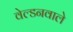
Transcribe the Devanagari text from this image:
वेल्डनवाले